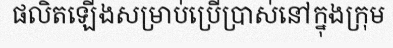
ផលិតឡើងសម្រាប់ប្រើប្រាស់នៅក្នុងក្រុម